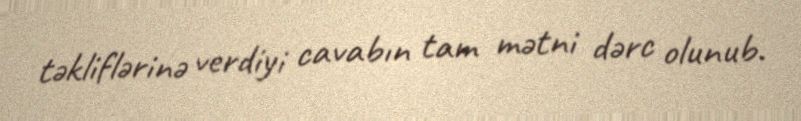
təkliflərinə verdiyi cavabın tam mətni dərc olunub.